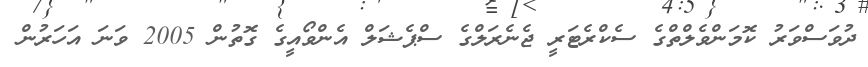
ދުވަސްވަރު ކޮމަންވެލްތްގެ ސެކްރެޓަރީ ޖެނެރަލްގެ ސްޕެޝަލް އެންވޯއީގެ ގޮތުން 2005 ވަނަ އަހަރުން